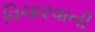
વિચારવાની